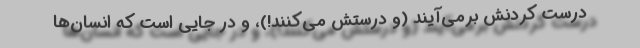
درست کردنش برمی‌آیند (و درستش می‌کنند!)، و در جایی است که انسان‌ها